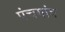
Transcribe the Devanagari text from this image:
पंचगांव